Lock hospitals Punjab
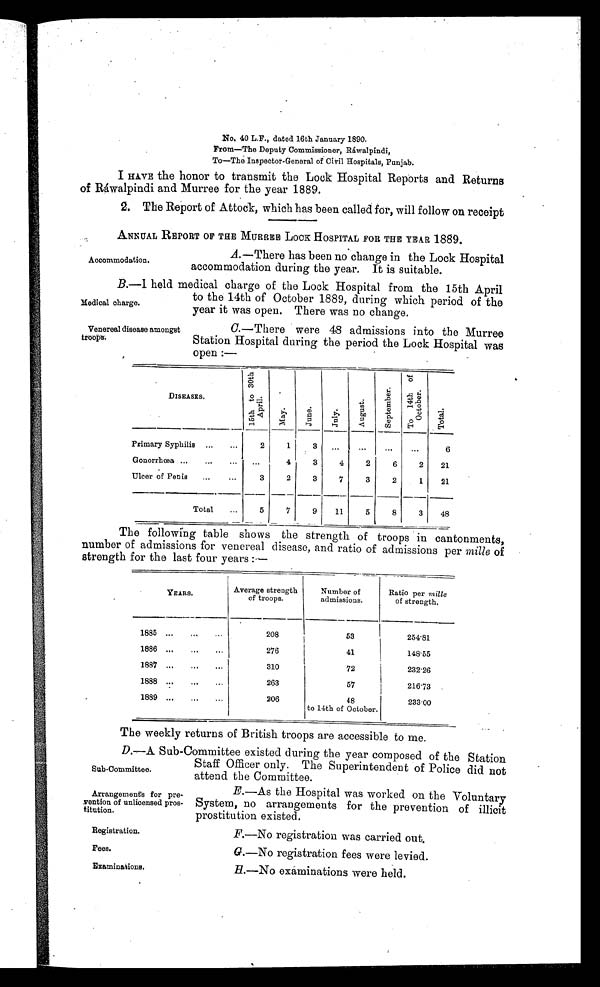
Medical charge.
Venereal disease amongst
troops.
Sub-Committee.
Arrangements for pre-
vention of unlicensed pros-
titution.
Registration.
Fees. E x a m i n a t i o n s .
No. 40 L.F., dated 16th January 1890.
From—The Deputy Commissioner, Ráwalpindi,
To—The Inspector-General of Civil Hospitals, Punjab.
I HAVE the honor to transmit the Lock Hospital Reports and Returns
of Ráwalpindi and Murree for the year 1889.
2. The Report of Attock, which has been called for, will follow on receipt
ANNUAL REPORT OF THE MURREE LOCK HOSPITAL FOR THE YEAR 1889.
A .—There has been no change in the Lock Hospital
accommodation during the year. It is suitable.
B.—I held medical charge of the Lock Hospital from the 15th April
to the 14th of October 1889, during which period of the
year it was open. There was no change.
C.—There were 48 admissions into the Murree
Station Hospital during the period the Lock Hospital was
open :—
-
DISEASES.
1 5 t h t o 3 0 t h
A p r i l .
M a y .
J u n e .
J u l y .
A u g u s t .
S e p t e m b e r .
To 14t h of
Oct ober .
T o t a l .
Primary Syphilis ...
...
2
1
3
...
. . .
. . .
...
6
Gonorrhœa ...
...
...
...
4
3
4
2
6
2
21
Ulcer of Penis
...
...
3
2
3
7
3
2
1
21
Total
...
5
7
9
11
5
8
3
48
•
The following table shows the strength of troops in cantonments,
number of admissions for venereal disease, and ratio of admissions per mille of
strength for the last four years :—
YEARS.
Average strength
of troops.
Number of
admissions.
Ratio per mille
of strength.
1885 . . .
. . .
...
2 0 8
53
254.81
1886 ...
. . .
...
276
41
148.55
1887 ...
...
. . .
310
72
232.26
1888 ...
...
...
263
57
216.73
1889 ...
...
...
206
48
to 14th of October.
23300
The weekly returns of British troops are accessible to me.
D.—A Sub-Committee existed during the year composed of the Station
Staff Officer only. The Superintendent of Police did not
attend the Committee.
E.—As the Hospital was worked on the Voluntary
System, no arrangements for the prevention of illicit
prostitution existed.
F.—No registration was carried out.
G.—No registration fees were levied.
H.—No examinations were held.
Accommodation.